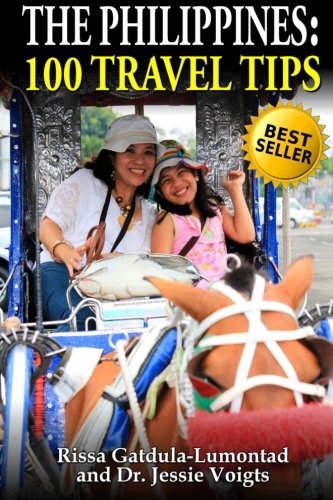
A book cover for The Philippines: 100 Travel Tips; Rissa Gatdula-Lumontad; Travel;